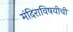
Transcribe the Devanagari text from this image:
मंदिराविषयीची